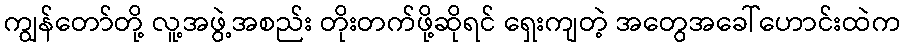
ကျွန်တော်တို့ လူ့အဖွဲ့အစည်း တိုးတက်ဖို့ဆိုရင် ရှေးကျတဲ့ အတွေအခေါ်ဟောင်းထဲက